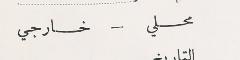
محلي – خارجي